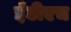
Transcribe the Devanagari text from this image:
ईटीएच